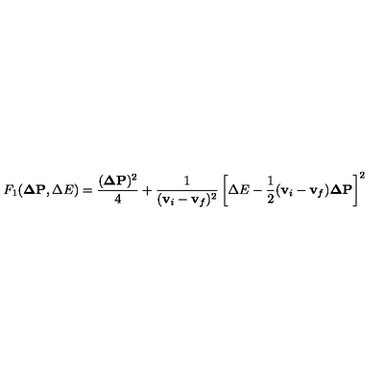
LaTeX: F _ { 1 } ( { \bf \Delta P } , \Delta E ) = \frac { ( { \bf \Delta P } ) ^ { 2 } } { 4 } + \frac { 1 } { ( { \bf v } _ { i } - { \bf v } _ { f } ) ^ { 2 } } \left[ \Delta E - \frac { 1 } { 2 } ( { \bf v } _ { i } - { \bf v } _ { f } ) { \bf \Delta P } \right] ^ { 2 }